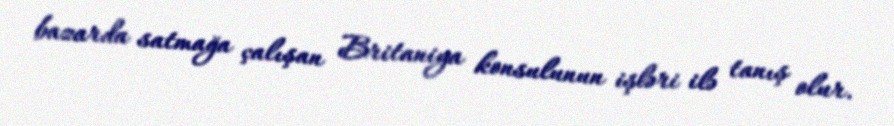
bazarda satmağa çalışan Britaniya konsulunun işləri ilə tanış olur.